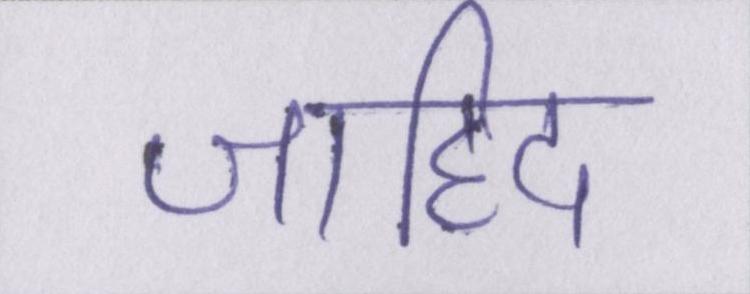
जाहिद